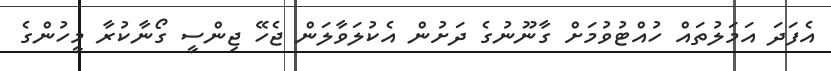
އެފަދަ އަމަލުތައް ހުއްޓުވުމަށް ގާނޫނުގެ ދަށުން އެކުލަވާލަން ޖެހޭ ޖިންސީ ގޯނާކުރާ މީހުންގެ